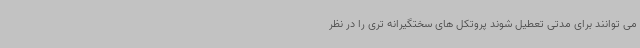
می توانند برای مدتی تعطیل شوند پروتکل های سختگیرانه تری را در نظر